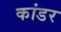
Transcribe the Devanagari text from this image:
कांडर